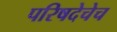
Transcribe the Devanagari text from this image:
परिषदेचेच